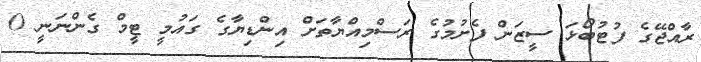
ރާއްޖޭގެ ފުޓުބޯޅަ ސީޒަން ފެށުމުގެ ރަސްމިއްޔާތަށް އިންޑިޔާގެ ގައުމީ ޓީމް ގެންނަނީ 0